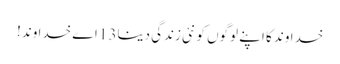
خدا وند کا اپنے لوگوں کو نئی زندگی دینا13 اے خدا وند!